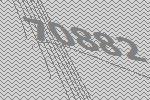
70882